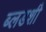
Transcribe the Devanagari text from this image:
ब्लडशी